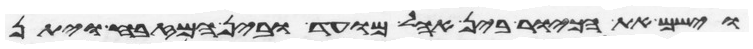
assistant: וישם את הכיור בין אהל מועד ובין המזבח ויתן